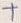
Text: +